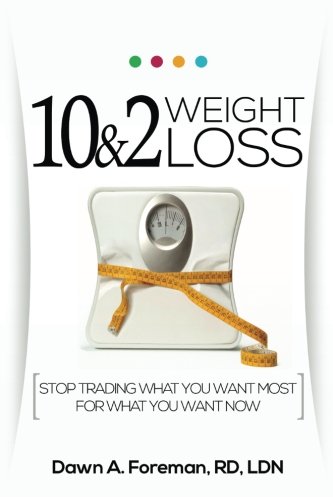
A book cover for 10&2 Weight Loss; Dawn A. Foreman RD; Health, Fitness & Dieting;